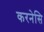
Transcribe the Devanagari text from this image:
करनेसि